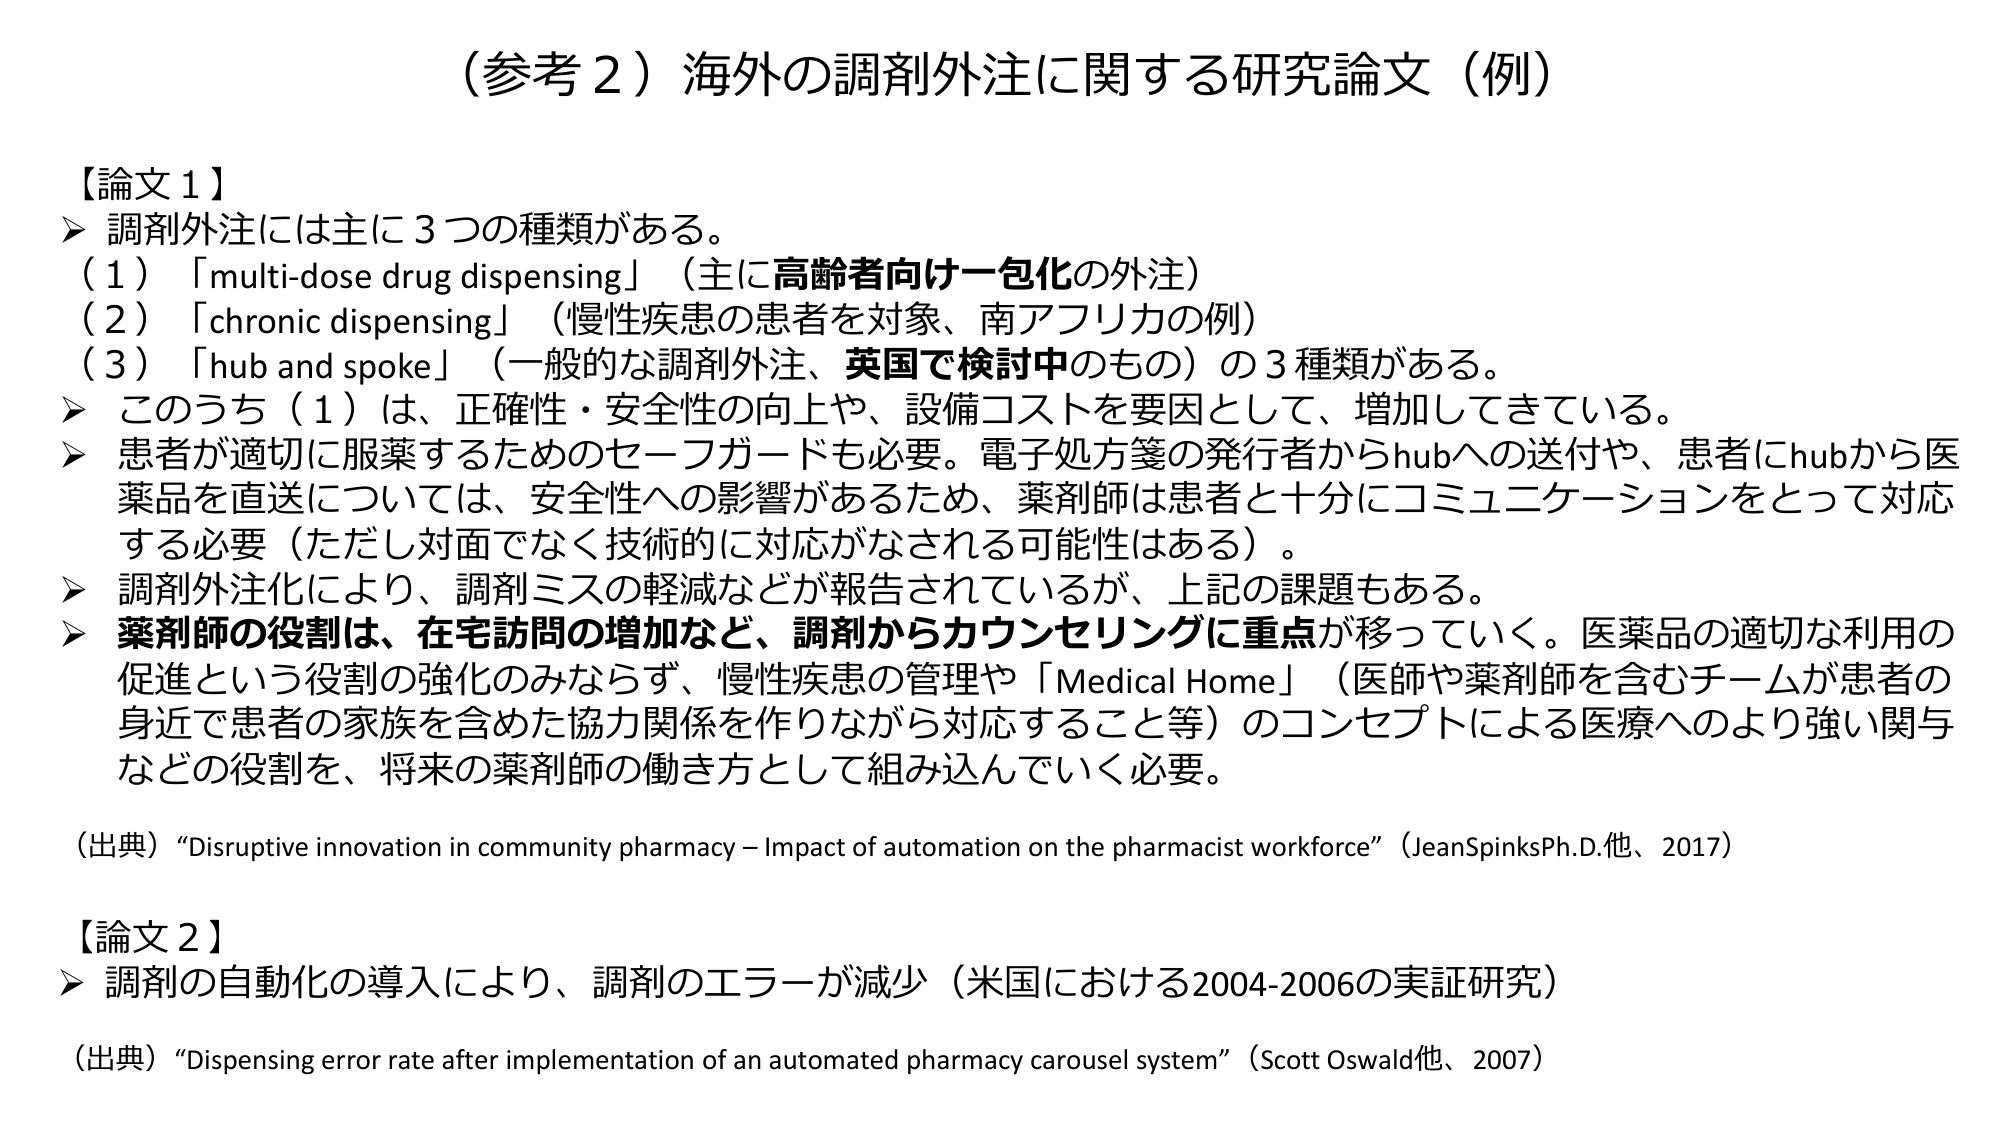
（参考２）海外の調剤外注に関する研究論文（例）

【論文１】
➤ 調剤外注には主に３つの種類がある。
（１）「multi-dose drug dispensing」（主に高齢者向け一包化の外注）
（２）「chronic dispensing」（慢性疾患の患者を対象、南アフリカの例）
（３）「hub and spoke」（一般的な調剤外注、英国で検討中のもの）の３種類がある。
➤ このうち（１）は、正確性・安全性の向上や、設備コストを要因として、増加してきている。
➤ 患者が適切に服薬するためのセーフガードも必要。電子処方箋の発行者からhubへの送付や、患者にhubから医薬品を直送については、安全性への影響があるため、薬剤師は患者と十分にコミュニケーションをとって対応する必要（ただし対面でなく技術的に対応がなされる可能性はある）。
➤ 調剤外注化により、調剤ミスの軽減などが報告されているが、上記の課題もある。
➤ 薬剤師の役割は、在宅訪問の増加など、調剤からカウンセリングに重点が移っていく。医薬品の適切な利用の促進という役割の強化のみならず、慢性疾患の管理や「Medical Home」（医師や薬剤師を含むチームが患者の身近で患者の家族を含めた協力関係を作りながら対応すること等）のコンセプトによる医療へのより強い関与などの役割を、将来の薬剤師の働き方として組み込んでいく必要。

（出典）“Disruptive innovation in community pharmacy – Impact of automation on the pharmacist workforce”（JeanSpinksPh.D.他、2017）

【論文２】
➤ 調剤の自動化の導入により、調剤のエラーが減少（米国における2004-2006の実証研究）

（出典）“Dispensing error rate after implementation of an automated pharmacy carousel system”（Scott Oswald他、2007）